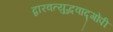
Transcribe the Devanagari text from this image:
द्वारवत्युद्भवाद्गोपी